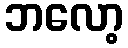
ဘလော့